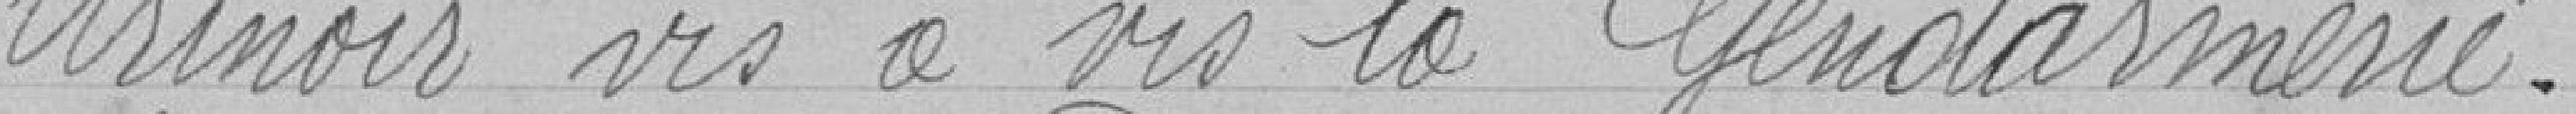
Urinoir vis à vis la Gendarmerie